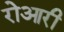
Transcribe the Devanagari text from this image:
रोआरी